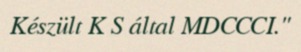
Készült K S által MDCCCI."